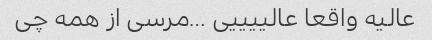
عالیه واقعا عالییییی …مرسی از همه چی